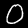
Label: 0